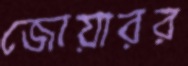
জোয়ারর